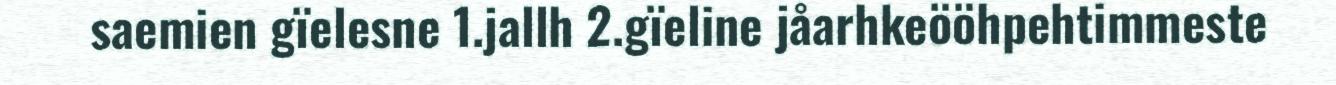
saemien gïelesne 1.jallh 2.gïeline jåarhkeööhpehtimmeste